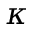
\kappa